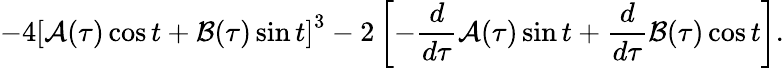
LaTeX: -4\left[{\cal A}(\tau)\cos t+{\cal B}(\tau)\sin t\right]^{3}-2\left[-{\frac{d}{d\tau}}{\cal A}(\tau)\sin t+{\frac{d}{d\tau}}{\cal B}(\tau)\cos t\right].